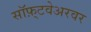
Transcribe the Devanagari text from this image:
सॉफ़्टवेअरवर